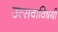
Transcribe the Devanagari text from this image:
उत्सवाविषयी